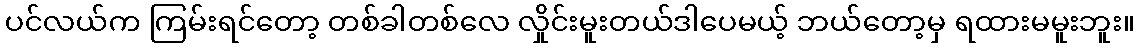
ပင်လယ်က ကြမ်းရင်တော့ တစ်ခါတစ်လေ လှိုင်းမူးတယ်ဒါပေမယ့် ဘယ်တော့မှ ရထားမမူးဘူး။